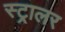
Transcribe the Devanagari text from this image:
स्ट्रालर